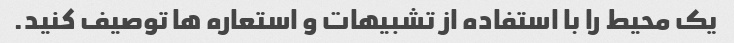
یک محیط را با استفاده از تشبیهات و استعاره ها توصیف کنید.